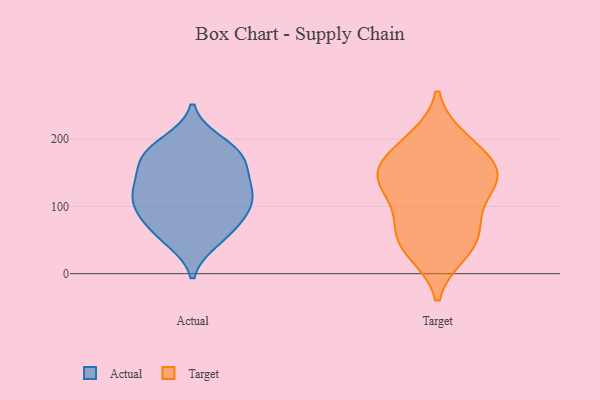
{"axis": {"x": "Production Output", "y": "Value"}, "legend": ["Actual", "Target"], "data": [{"x": "", "y": 91, "type": "Actual"}, {"x": "", "y": 195, "type": "Actual"}, {"x": "", "y": 183, "type": "Actual"}, {"x": "", "y": 177, "type": "Actual"}, {"x": "", "y": 93, "type": "Actual"}, {"x": "", "y": 133, "type": "Actual"}, {"x": "", "y": 50, "type": "Actual"}, {"x": "", "y": 144, "type": "Actual"}, {"x": "", "y": 111, "type": "Actual"}, {"x": "", "y": 135, "type": "Actual"}, {"x": "", "y": 177, "type": "Actual"}, {"x": "", "y": 61, "type": "Actual"}, {"x": "", "y": 62, "type": "Actual"}, {"x": "", "y": 166, "type": "Actual"}, {"x": "", "y": 110, "type": "Actual"}, {"x": "", "y": 105, "type": "Actual"}, {"x": "", "y": 171, "type": "Target"}, {"x": "", "y": 200, "type": "Target"}, {"x": "", "y": 194, "type": "Target"}, {"x": "", "y": 31, "type": "Target"}, {"x": "", "y": 56, "type": "Target"}, {"x": "", "y": 151, "type": "Target"}, {"x": "", "y": 112, "type": "Target"}, {"x": "", "y": 145, "type": "Target"}, {"x": "", "y": 35, "type": "Target"}, {"x": "", "y": 150, "type": "Target"}, {"x": "", "y": 131, "type": "Target"}, {"x": "", "y": 141, "type": "Target"}, {"x": "", "y": 65, "type": "Target"}, {"x": "", "y": 77, "type": "Target"}]}